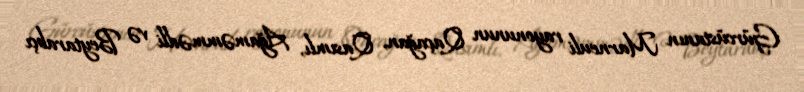
Gürcüstanın Marneuli rayonunun Qaçağan, Qasımlı, Ağaməmmədli və Beytarabçı